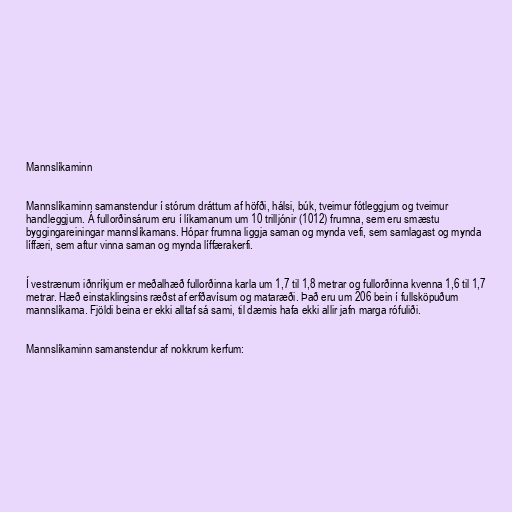
Mannslíkaminn

Mannslíkaminn samanstendur í stórum dráttum af höfði, hálsi, búk, tveimur fótleggjum og tveimur
handleggjum. Á fullorðinsárum eru í líkamanum um 10 trilljónir (1012) frumna, sem eru smæstu
byggingareiningar mannslíkamans. Hópar frumna liggja saman og mynda vefi, sem samlagast og mynda
líffæri, sem aftur vinna saman og mynda líffærakerfi.

Í vestrænum iðnríkjum er meðalhæð fullorðinna karla um 1,7 til 1,8 metrar og fullorðinna kvenna 1,6 til 1,7
metrar. Hæð einstaklingsins ræðst af erfðavísum og mataræði. Það eru um 206 bein í fullsköpuðum
mannslíkama. Fjöldi beina er ekki alltaf sá sami, til dæmis hafa ekki allir jafn marga rófuliði.

Mannslíkaminn samanstendur af nokkrum kerfum: